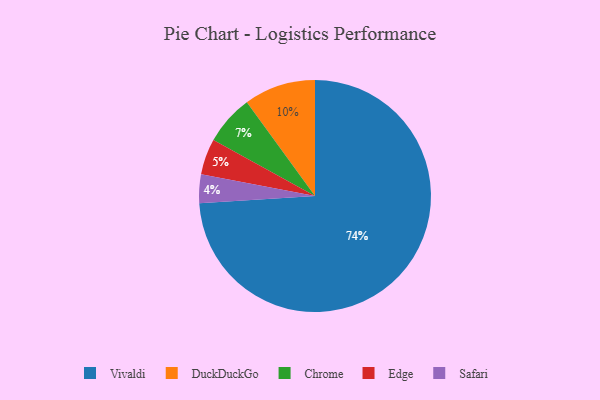
{"axis": {"x": "Category", "y": "Percentage"}, "legend": ["Chrome", "DuckDuckGo", "Edge", "Safari", "Vivaldi"], "data": [{"x": "Safari", "y": 4, "type": "Safari"}, {"x": "DuckDuckGo", "y": 10, "type": "DuckDuckGo"}, {"x": "Edge", "y": 5, "type": "Edge"}, {"x": "Chrome", "y": 7, "type": "Chrome"}, {"x": "Vivaldi", "y": 74, "type": "Vivaldi"}]}